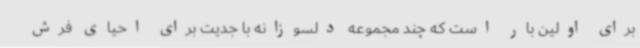
برای اولین بار است که چند مجموعه دلسوزانه با جدیت برای احیای فرش